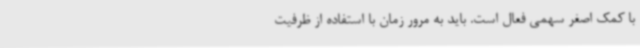
با کمک اصغر سهمی فعال است. باید به مرور زمان با استفاده از ظرفیت